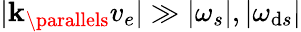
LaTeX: \lvert\mathbf{k}_{\parallels}v_{e}\rvert\gg\lvert\omega_{s}\rvert,\lvert\omega_{\mathrm{d}s}\rvert